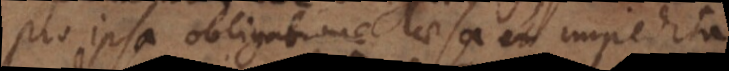
pro ipsa obligatione laesa et impedita,